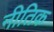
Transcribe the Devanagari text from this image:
नीतिक